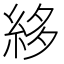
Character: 𥿫